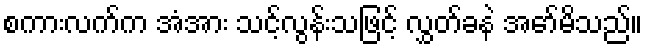
စကားလက်က အံအား သင့်လွန်းသဖြင့် လွှတ်ခနဲ အော်မိသည်။